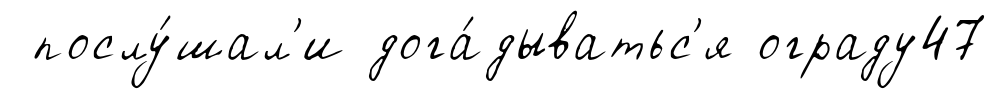
послу́шал'и дога́дыватьс'я ограду47